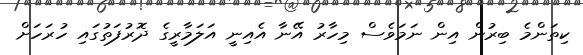
ކިތަންމެ ބިރުން އިން ނަމަވެސް މިހާރު އޭނާ އެއިނީ އަލަމާރީގެ ދޮރުފަތުގައި ހުރަހަށް